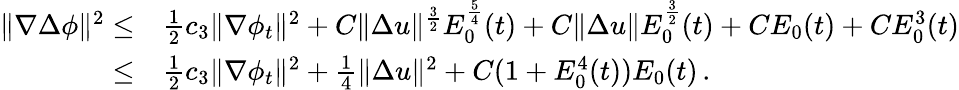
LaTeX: \begin{array}{rl}{\| \nabla\Delta\phi\| ^{2}\leq}&{\frac{1}{2}c_{3}\| \nabla\phi_{t}\| ^{2}+C\| \Delta u\| ^{\frac{3}{2}}E_{0}^{\frac{5}{4}}(t)+C\| \Delta u\| E_{0}^{\frac{3}{2}}(t)+CE_{0}(t)+CE_{0}^{3}(t)}\\ {\leq}&{\frac{1}{2}c_{3}\| \nabla\phi_{t}\| ^{2}+\frac{1}{4}\| \Delta u\| ^{2}+C(1+E_{0}^{4}(t))E_{0}(t)\, .}\end{array}